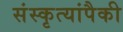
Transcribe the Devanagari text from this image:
संस्कृत्यांपैकी